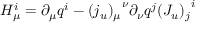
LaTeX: H _ { \mu } ^ { i } = \partial _ { \mu } q ^ { i } - { ( j _ { u } ) _ { \mu } } ^ { \nu } \partial _ { \nu } q ^ { j } { ( J _ { u } ) _ { j } } ^ { i }